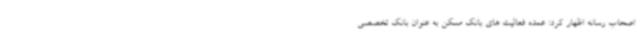
اصحاب رسانه اظهار کرد: عمده فعالیت های بانک مسکن به عنوان بانک تخصصی